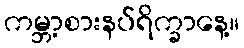
ကမ္ဘာ့စားနပ်ရိက္ခာနေ့။